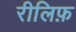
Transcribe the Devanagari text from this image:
रीलिफ़